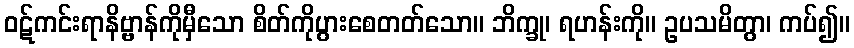
ဝဋ်ကင်းရာနိဗ္ဗာန်ကိုမှီသော စိတ်ကိုပွားစေတတ်သော။ ဘိက္ခု၊ ရဟန်းကို။ ဥပသမိတွာ၊ ကပ်၍။